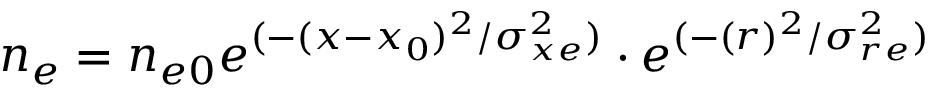
n _ { e } = n _ { e 0 } e ^ { ( - ( x - x _ { 0 } ) ^ { 2 } / \sigma _ { x e } ^ { 2 } ) } \cdot e ^ { ( - ( r ) ^ { 2 } / \sigma _ { r e } ^ { 2 } ) }